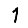
Digit: 1